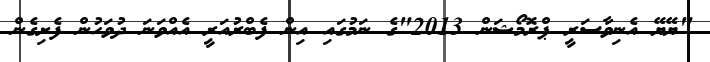
"ޔޭޔޭ އެނިވާސަރީ ޕްރޮމޯޝަން 2013"ގެ ނަމުގައި އިން ފެބްރުއަރީ އެއްވަނަ ދުވަހުން ފެށިގެން